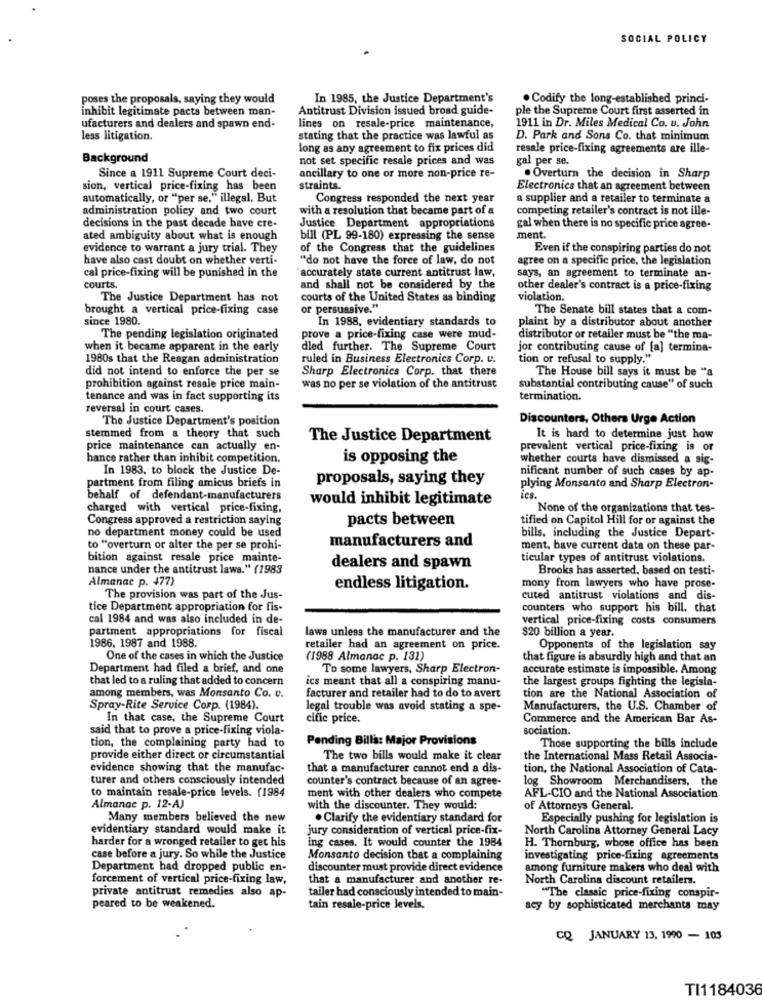
SOCIAL POLICY
poses the proposals, saying they would
In 1985, the Justice Department's
. Codify the long-established princi-
inhibit legitimate pacts between man-
Antitrust Division issued broad guide-
ple the Supreme Court first asserted in
1911 in Dr. Miles Medical Co. u. John
ufacturers and dealers and spawn end-
lines on resale-price maintenance,
less litigation.
stating that the practice was lawful as
D. Park and Sons Co. that minimum
long as any agreement to fix prices did
resale price-fixing agreements are ille-
Background
not set specific resale prices and was
gal per se.
Since a 1911 Supreme Court deci-
ancillary to one or more non-price re-
. Overturn the decision in Sharp
sion, vertical price-fixing has been
straints.
Electronics that an agreement between
automatically, or "per se." illegal. But
Congress responded the next year
a supplier and a retailer to terminate a
administration policy and two court
with a resolution that became part of a
competing retailer's contract is not ille-
decisions in the past decade have ere-
Justice Department appropriations
gal when there is no specific price agree-
ated ambiguity about what is enough
bill (PL 99-180) expressing the sense
ment.
evidence to warrant a jury trial. They
of the Congress that the guidelines
Even if the conspiring parties do not
have also cast doubt on whether verti-
"do not have the force of law, do not
agree on a specific price, the legislation
cal price-fixing will be punished in the
"accurately state current antitrust law,
says, an agreement to terminate an-
courts.
and shall not be considered by the
other dealer's contract is a price-fixing
The Justice Department has not
courts of the United States as binding
violation.
brought a vertical price-fixing case
or persuasive."
The Senate bill states that a com-
since 1980.
In 1988, evidentiary standards to
plaint by a distributor about another
The pending legislation originated
prove a price-fixing case were mud-
distributor or retailer must be "the ma-
when it became apparent in the early
dled further. The Supreme Court
jor contributing cause of [a] termina-
1980s that the Reagan administration
ruled in Business Electronics Corp. u.
tion or refusal to supply."
did not intend to enforce the per se
Sharp Electronics Corp. that there
The House bill says it must be "a
prohibition against resale price main-
was no per se violation of the antitrust
substantial contributing cause" of such
tenance and was in fact supporting its
termination.
reversal in court cases.
The Justice Department's position
Discounters, Others Urge Action
stemmed from a theory that such
The Justice Department
It is hard to determine just how
price maintenance can actually en-
prevalent vertical price-fixing is or
hance rather than inhibit competition.
is opposing the
whether courts have dismissed a sig-
In 1983. to block the Justice De-
nificant number of such cases by ap-
partment from filing amicus briefs in
proposals, saying they
plying Monsanto and Sharp Electron-
behalf of defendant-manufacturers
would inhibit legitimate
ies.
charged with vertical price-fixing,
None of the organizations that tes-
Congress approved a restriction saying
pacts between
tified on Capitol Hill for or against the
no department money could be used
bills, including the Justice Depart-
manufacturers and
to "overturn or alter the per se prohi-
ment, have current data on these par-
bition against resale price mainte-
ticular types of antitrust violations.
nance under the antitrust laws." (1983
dealers and spawn
Brooks has asserted. based on testi-
Almanac p. 477)
endless litigation.
mony from lawyers who have prose-
The provision was part of the Jus-
cuted antitrust violations and dis-
tice Department appropriation for fis-
counters who support his bill, that
cal 1984 and was also included in de-
vertical price-fixing costs consumers
partment appropriations for fiscal
laws unless the manufacturer and the
$20 billion a year.
1986. 1987 and 1988.
retailer had an agreement on price.
Opponents of the legislation say
One of the cases in which the Justice
(1988 Almanac p. 131)
that figure is absurdly high and that an
Department had filed a brief, and one
To some lawyers, Sharp Electron-
accurate estimate is impossible. Among
that led to a ruling that added to concern
ics meant that all a conspiring manu-
the largest groups fighting the legisla-
among members, was Monsanto Co. v.
facturer and retailer had to do to avert
tion are the National Association of
Spray-Rite Service Corp. (1984).
legal trouble was avoid stating a spe-
Manufacturers, the U.S. Chamber of
In that case, the Supreme Court
cific price.
Commerce and the American Bar As-
said that to prove a price-fixing viola-
sociation.
Pending Bills: Major Provisions
tion, the complaining party had to
Those supporting the bills include
provide either direct or circumstantial
The two bills would make it clear
the International Mass Retail Associa-
evidence showing that the manufac-
that a manufacturer cannot end a dis-
tion, the National Association of Cata-
turer and others consciously intended
counter's contract because of an agree-
log Showroom Merchandisers, the
ment with other dealers who compete
to maintain resale-price levels. (1984
AFL-CIO and the National Association
Almanac p. 12-AJ
with the discounter. They would:
of Attorneys General.
Many members believed the new
. Clarify the evidentiary standard for
Especially pushing for legislation is
evidentiary standard would make it
jury consideration of vertical price-fix-
North Carolina Attorney General Lacy
harder for a wronged retailer to get his
ing cases. It would counter the 1984
H. Thornburg, whose office has been
case before a jury. So while the Justice
Monsanto decision that a complaining
investigating price-fixing agreements
Department had dropped public en-
discounter must provide direct evidence
among furniture makers who deal with
forcement of vertical price-fixing law,
that a manufacturer and another re-
North Carolina discount retailers.
tailer had consciously intended to main-
private antitrust remedies also ap-
"The classic price-fixing conspir-
peared to be weakened.
tain resale-price levels.
acy by sophisticated merchants may
CQ JANUARY 13, 1990 - 105
TI1184036